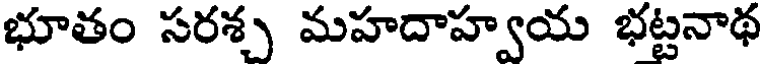
భూతం సరశ్చ మహదాహ్వయ భట్టనాథ